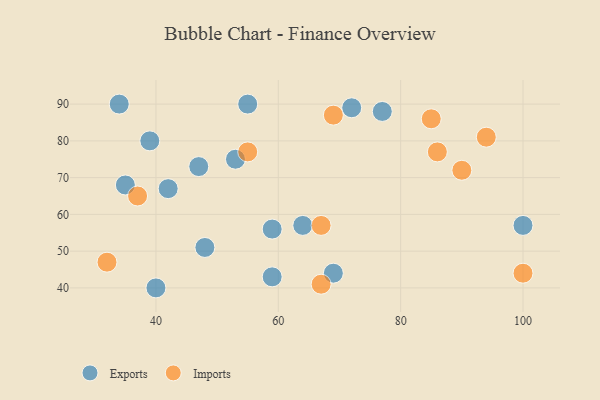
{"axis": {"x": "GDP", "y": "Life Expectancy"}, "legend": ["Exports", "Imports"], "data": [{"x": "59", "y": 56, "type": "Exports"}, {"x": "64", "y": 57, "type": "Exports"}, {"x": "34", "y": 90, "type": "Exports"}, {"x": "69", "y": 44, "type": "Exports"}, {"x": "48", "y": 51, "type": "Exports"}, {"x": "53", "y": 75, "type": "Exports"}, {"x": "59", "y": 43, "type": "Exports"}, {"x": "55", "y": 90, "type": "Exports"}, {"x": "72", "y": 89, "type": "Exports"}, {"x": "40", "y": 40, "type": "Exports"}, {"x": "100", "y": 57, "type": "Exports"}, {"x": "42", "y": 67, "type": "Exports"}, {"x": "35", "y": 68, "type": "Exports"}, {"x": "39", "y": 80, "type": "Exports"}, {"x": "47", "y": 73, "type": "Exports"}, {"x": "77", "y": 88, "type": "Exports"}, {"x": "67", "y": 41, "type": "Imports"}, {"x": "69", "y": 87, "type": "Imports"}, {"x": "100", "y": 44, "type": "Imports"}, {"x": "85", "y": 86, "type": "Imports"}, {"x": "67", "y": 57, "type": "Imports"}, {"x": "55", "y": 77, "type": "Imports"}, {"x": "37", "y": 65, "type": "Imports"}, {"x": "90", "y": 72, "type": "Imports"}, {"x": "86", "y": 77, "type": "Imports"}, {"x": "94", "y": 81, "type": "Imports"}, {"x": "32", "y": 47, "type": "Imports"}]}